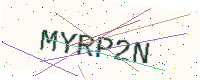
Text: MYRP2N